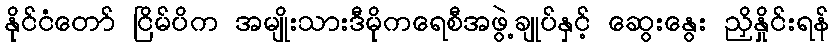
နိုင်ငံတော် ငြိမ်ပိက အမျိုးသားဒီမိုကရေစီအဖွဲ့ချုပ်နှင့် ဆွေးနွေး ညှိနှိုင်းရန်